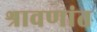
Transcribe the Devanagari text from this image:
श्रावणांत